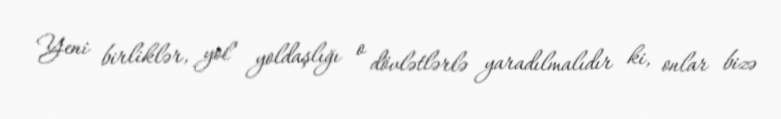
Yeni birliklər, yol yoldaşlığı o dövlətlərlə yaradılmalıdır ki, onlar bizə